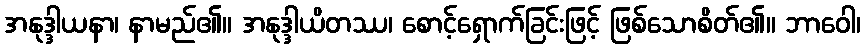
အနုဒ္ဒါယနာ၊ နာမည်၏။ အနုဒ္ဒါယိတဿ၊ စောင့်ရှောက်ခြင်းဖြင့် ဖြစ်သောစိတ်၏။ ဘာဝေါ၊